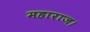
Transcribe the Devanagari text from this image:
महाराज।